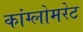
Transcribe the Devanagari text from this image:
कांग्लोमरेट